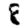
Digit: 8